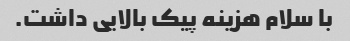
با سلام هزینه پیک بالایی داشت.